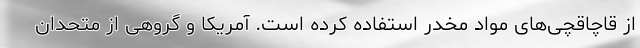
از قاچاقچی‌های مواد مخدر استفاده کرده است. آمریکا و گروهی از متحدان